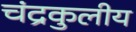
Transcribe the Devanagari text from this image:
चंद्रकुलीय